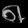
Digit: ၈